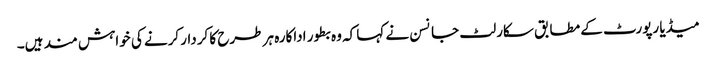
میڈیا رپورٹ کے مطابق سکارلٹ جانسن نے کہا کہ وہ بطور اداکارہ ہر طرح کا کردار کرنے کی خواہش مند ہیں۔